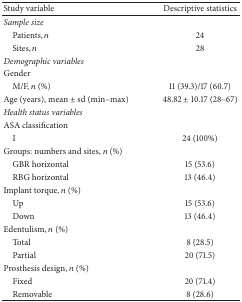
| Study variable | Descriptive statistics |
 | --- | --- |
 | Sample size |  |
 | Patients, n | 24 |
 | Sites, n | 28 |
 | Demographic variables |  |
 | Gender |  |
 | M/F, n (%) | 11 (39.3)/17 (60.7) |
 | Age (years), mean ± sd (min–max) | 48.82 ± 10.17 (28–67) |
 | Health status variables |  |
 | ASA classification |  |
 | I | 24 (100%) |
 | Groups: numbers and sites, n (%) |  |
 | GBR horizontal | 15 (53.6) |
 | RBG horizontal | 13 (46.4) |
 | Implant torque, n (%) |  |
 | Up | 15 (53.6) |
 | Down | 13 (46.4) |
 | Edentulism, n (%) |  |
 | Total | 8 (28.5) |
 | Partial | 20 (71.5) |
 | Prosthesis design, n (%) |  |
 | Fixed | 20 (71.4) |
 | Removable | 8 (28.6) |